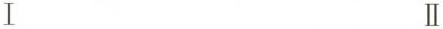
Ⅰ Ⅱ